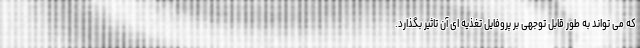
که می تواند به طور قابل توجهی بر پروفایل تغذیه ای آن تاثیر بگذارد.